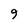
Character: 9